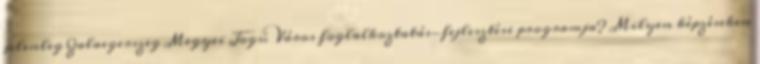
jelenleg Zalaegerszeg Megyei Jogú Város foglalkoztatás-fejlesztési programja? Milyen képzéseken